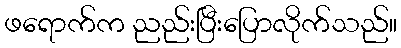
ဖရောက်က ညည်းပြီးပြောလိုက်သည်။